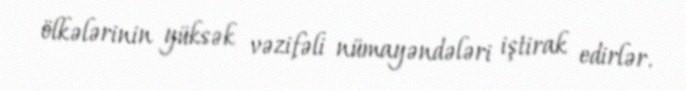
ölkələrinin yüksək vəzifəli nümayəndələri iştirak edirlər.